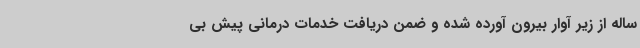
ساله از زیر آوار بیرون آورده شده و ضمن دریافت خدمات درمانی پیش بی